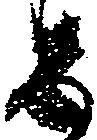
と